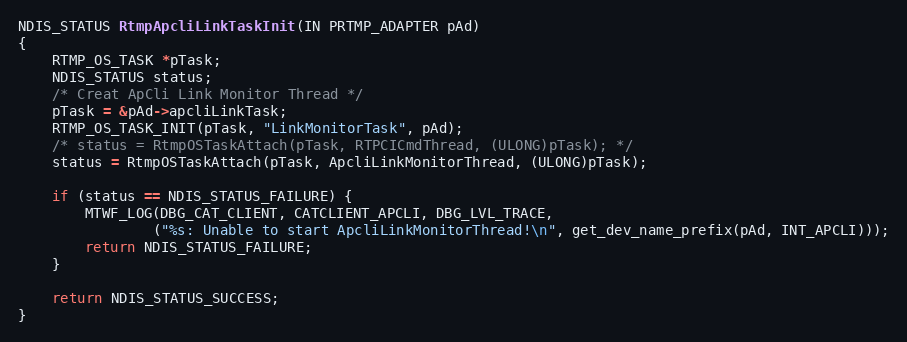
Language: C
NDIS_STATUS RtmpApcliLinkTaskInit(IN PRTMP_ADAPTER pAd)
{
	RTMP_OS_TASK *pTask;
	NDIS_STATUS status;
	/* Creat ApCli Link Monitor Thread */
	pTask = &pAd->apcliLinkTask;
	RTMP_OS_TASK_INIT(pTask, "LinkMonitorTask", pAd);
	/* status = RtmpOSTaskAttach(pTask, RTPCICmdThread, (ULONG)pTask); */
	status = RtmpOSTaskAttach(pTask, ApcliLinkMonitorThread, (ULONG)pTask);

	if (status == NDIS_STATUS_FAILURE) {
		MTWF_LOG(DBG_CAT_CLIENT, CATCLIENT_APCLI, DBG_LVL_TRACE,
				("%s: Unable to start ApcliLinkMonitorThread!\n", get_dev_name_prefix(pAd, INT_APCLI)));
		return NDIS_STATUS_FAILURE;
	}

	return NDIS_STATUS_SUCCESS;
}